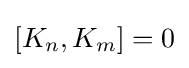
[K_{n},K_{m}]=0